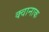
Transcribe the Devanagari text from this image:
क्वानाक